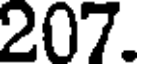
207.